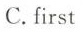
C.first